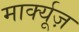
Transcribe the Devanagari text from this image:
मार्क्यूज़